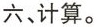
六、计算。